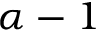
\alpha - 1